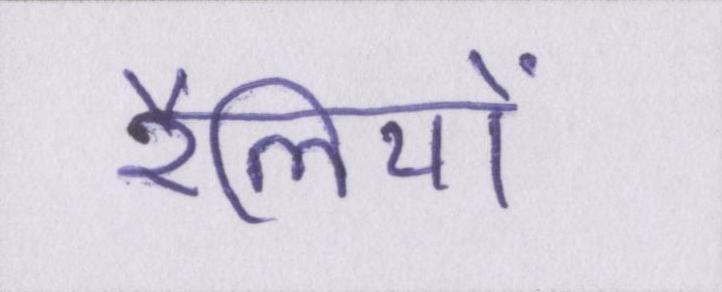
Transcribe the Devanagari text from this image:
रैलियों